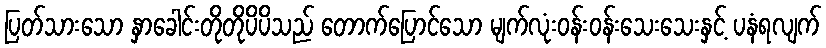
ပြတ်သားသော နှာခေါင်းတိုတိုပိပိသည် တောက်ပြောင်သော မျက်လုံးဝန်းဝန်းသေးသေးနှင့် ပနံရလျက်